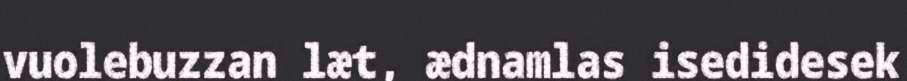
vuolebuzzan læt, ædnamlas isedidesek